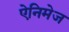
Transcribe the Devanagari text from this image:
ऐनिमेज